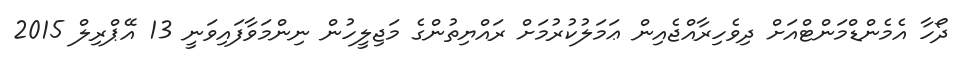
ދޯހާ އެމެންޑްމަންޓްއަށް ދިވެހިރާއްޖެއިން ޢަމަލުކުރުމަށް ރައްޔިތުންގެ މަޖިލީހުން ނިންމަވާފައިވަނީ 13 އޭޕްރިލް 2015